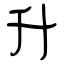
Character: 升